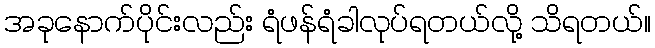
အခုနောက်ပိုင်းလည်း ရံဖန်ရံခါလုပ်ရတယ်လို့ သိရတယ်။